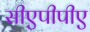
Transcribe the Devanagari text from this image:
सीएपीपीए